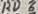
Text: RD6